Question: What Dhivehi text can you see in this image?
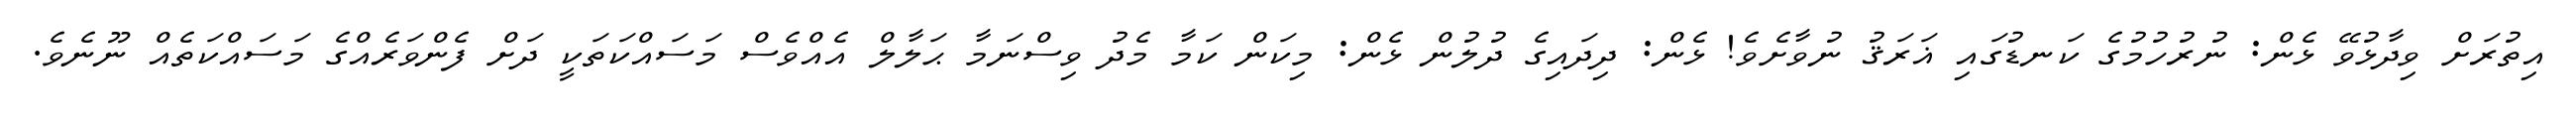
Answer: އިތުރަށް ވިދާޅުވޭ ޅެން: ނުރުހުމުގެ ކަނޑުގައި ޣަރަޤު ނުވާށެވެ! ޅެން: ދިދައިގެ ދުލުން ޅެން: މިކަން ކަމާ މެދު ވިސްނަމާ ޙަލާލް އެއްވެސް މަސައްކަތަކީ ދަށް ފެންވަރެއްގެ މަސައްކަތެއް ނޫނެވެ.